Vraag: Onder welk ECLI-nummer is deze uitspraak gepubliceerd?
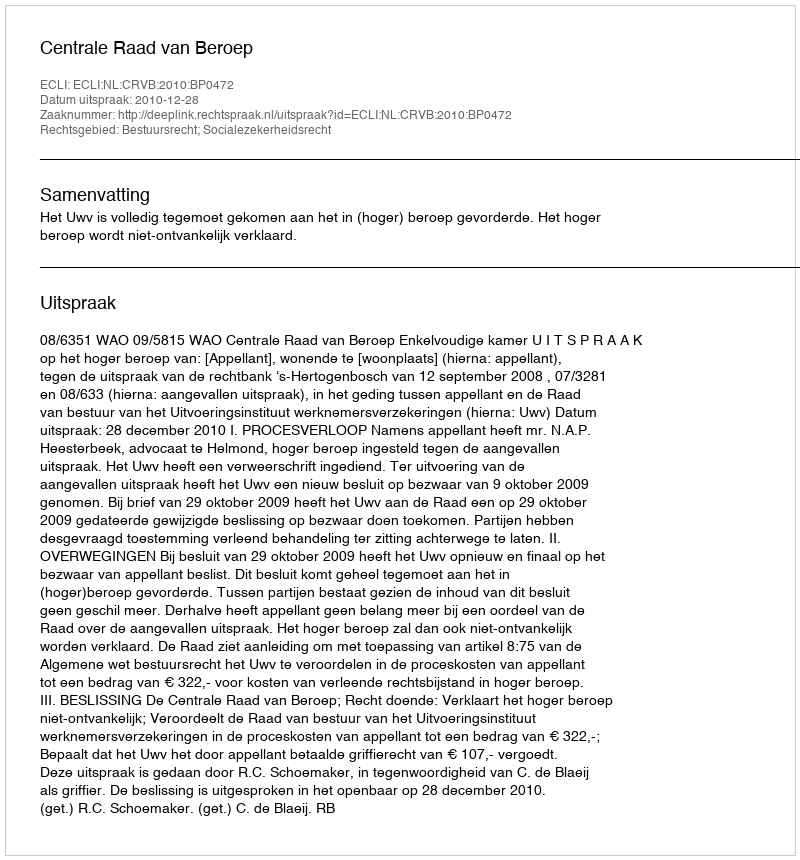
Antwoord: ECLI:NL:CRVB:2010:BP0472